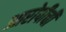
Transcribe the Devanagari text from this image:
आरोपीची